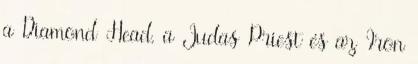
a Diamond Head, a Judas Priest és az Iron